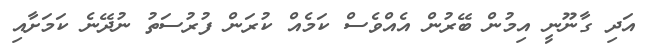
އަދި ގާނޫނީ އިމުން ބޭރުން އެއްވެސް ކަމެއް ކުރަން ފުރުސަތު ނުދޭނެ ކަމަށާއި